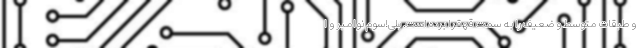
و طبقات متوسط و ضعیف را به سمت قهقرا برده است. بلی!سوم نوامبر و ا